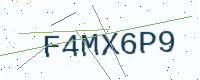
Text: F4MX6P9